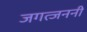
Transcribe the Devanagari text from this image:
जगत्जननी